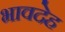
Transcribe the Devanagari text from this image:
भावदेह